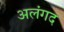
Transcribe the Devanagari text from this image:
अलंगद